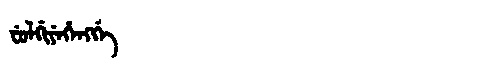
Manchu: ᠸᡠᠯᡤᡳᠶᡝᡥᡝᠩᡤᡝ
Romanization: FULGIYEHENGGE